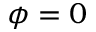
\phi = 0